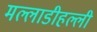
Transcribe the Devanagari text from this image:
मल्लाडीहल्ली